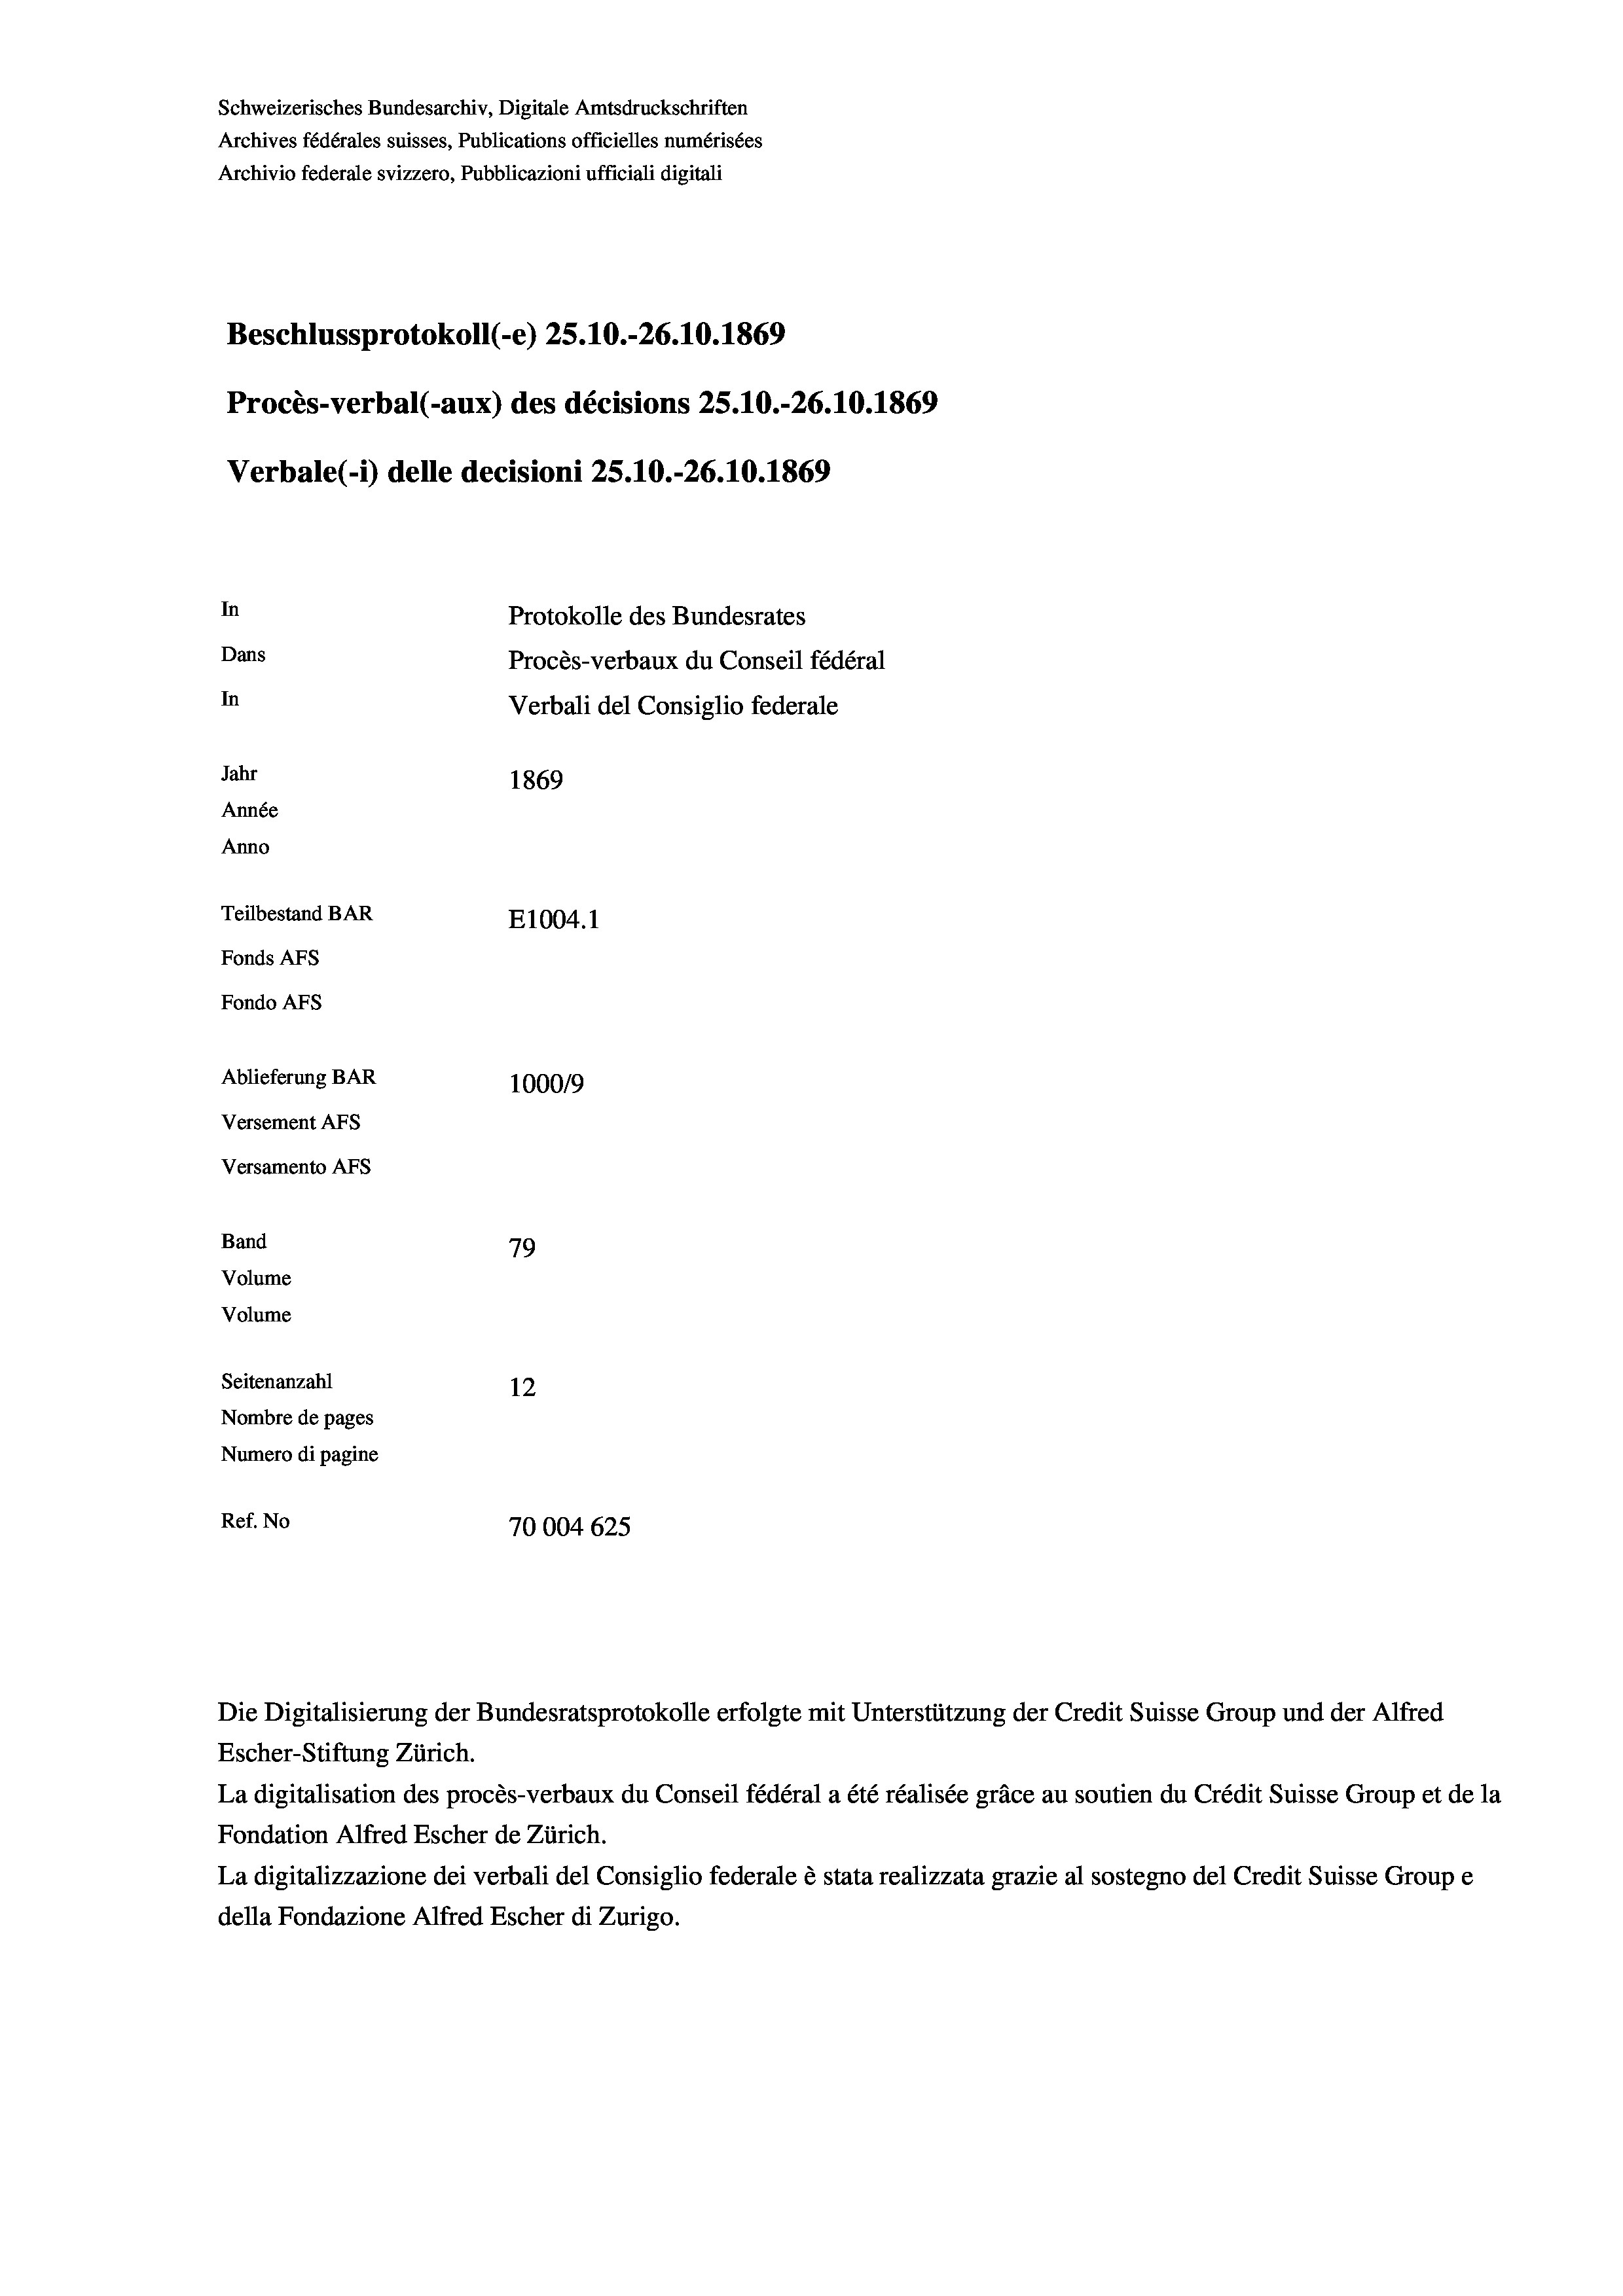
Schweizerisches Bundesarchiv, Digitale Amtsdruckschriften
Archives fédérales suisses, Publications officielles numérisées
Archivio federale svizzero, Pubblicazioni ufficiali digitali
Beschlussprotokoll (-e) 25.10.-26.10.1869
Procès-verbal (-aux) des décisions 25.10.-26.10.1869
Verbale(-*) delle decisioni 25.10.-26.10.1869
In
Protokolle des Bundesrates
Dans
Procès-verbaux du Conseil fédéral
In
Verbali del Consiglio federale
Jahr
1869
Année
Anno
Teilbestand BAR
E1004.1
Fonds AFs
Fondo AFs
Ablieferung BAR
1000/9
Versement As
Versamento AFs
Band
79
Volume
Volume
Seitenanzahl
12
Nombre de pages
Numero di pagine
Ref. No
70004 625

Escher-Stiftung Zürich.
La digitalisation des procès-verbaux du Conseil fédéral a été réalisée gräce au soutien du Crédit Suisse Group et de la
Fondation Alfred Escher de Zürich.
La digitalizzazione dei verbali del Consiglio federale è stata realizzata grazie al sostegno del Credit Suisse Groupe
della Fondazione Alfred Escher di Zurigo.

Die Digitalisierung der Bundesratsprotokolle erfolgte mit Unterstützung der Credit Suisse Group und der Alfred